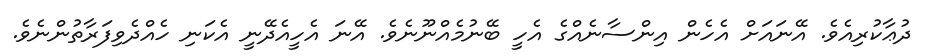
ދުޢާކުރިއެވެ. އޭނައަށް އެހެން އިންސާނެއްގެ އެހީ ބޭނުމެއްނޫނެވެ. އޭނަ އެހީއެދޭނީ އެކަނި ހެއްދެވިފަރާތުންނެވެ.